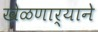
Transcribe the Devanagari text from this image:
खेळणार्‍याने